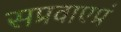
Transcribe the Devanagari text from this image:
सप्रवाएप्रं